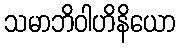
သမာဘိဝါဟိနိယော